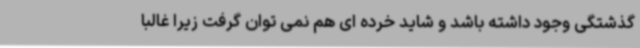
گذشتگی وجود داشته باشد و شاید خرده ای هم نمی توان گرفت زیرا غالبا